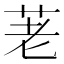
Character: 荖